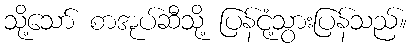
သို့သော် စာအုပ်ဆီသို့ ပြန်ငုံ့သွားပြန်သည်။